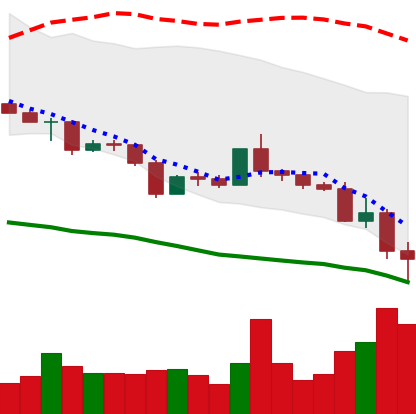
Ticker: ETC-USD
Chart end date: 2022-05-12
Forward return: 14.833%
Label: up_7plus